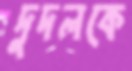
দুদলকে